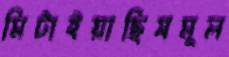
মিটাইয়াছিসমূল